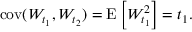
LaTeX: \operatorname { c o v } ( W _ { t _ { 1 } } , W _ { t _ { 2 } } ) = \operatorname { E } \left[ W _ { t _ { 1 } } ^ { 2 } \right] = t _ { 1 } .